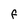
Character: f